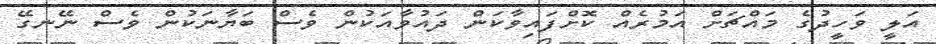
އަލީ ވަހީދުގެ މައްޗަށް އަމުރެއް ކޮށްފައިވާކަން ދައުވާއަކުން ވެސް ބަޔާނަކުން ވެސް ނޭނގޭ